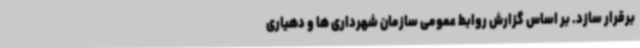
برقرار سازد. بر اساس گزارش روابط عمومی سازمان شهرداری ها و دهیاری